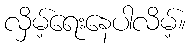
လှိမ့်ရေးနေပါလိမ့်။